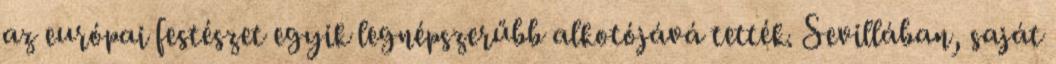
az európai festészet egyik legnépszerűbb alkotójává tették. Sevillában, saját